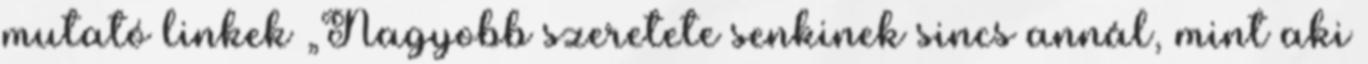
mutató linkek „Nagyobb szeretete senkinek sincs annál, mint aki